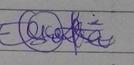
Signature authenticity: genuine